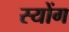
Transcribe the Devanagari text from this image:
स्योंग